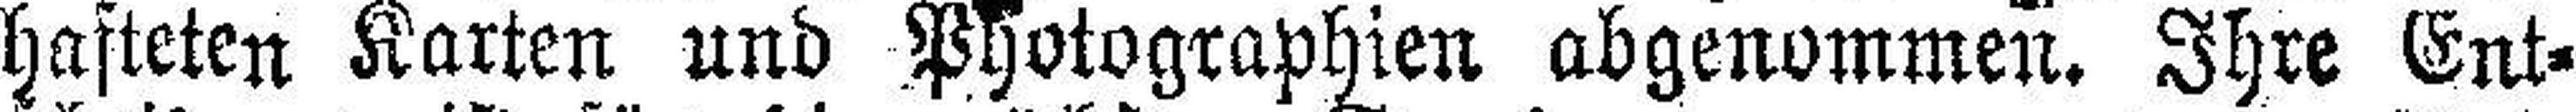
hafteten Karten und Photographien abgenommen. Ihre Ent¬